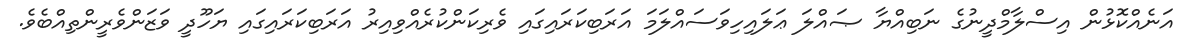
އަނެއްކޮޅުން އިސްލާމްދީނުގެ ނަބިއްޔާ ޞައްލަ ޢަލައިހިވަސައްލަމަ އަރަބިކަރައިގައި ވެރިކަންކުރެއްވިއިރު އަރަބިކަރައިގައި ޔަހޫދީ ވަޒަންވެރީންތިއްބެވެ.